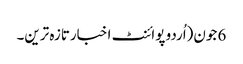
6 جون(اُردو پوائنٹ اخبارتازہ ترین۔